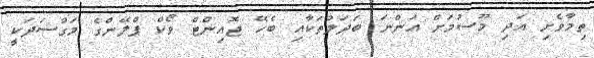
ތިމާވެށި އަދި މޫސުމަށް އަންނަ ބަދަލުތަކާއި ބެހޭ ޖޮއިންޓް ވޯކް ޕްލޭންގެ މަގްސަދަކީ